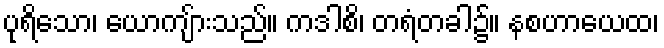
ပုရိသော၊ ယောကျ်ားသည်။ ကဒါစိ၊ တရံတခါ၌။ နစဟာယေထ၊